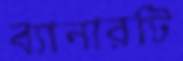
ব্যানারটি